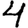
Digit: 4